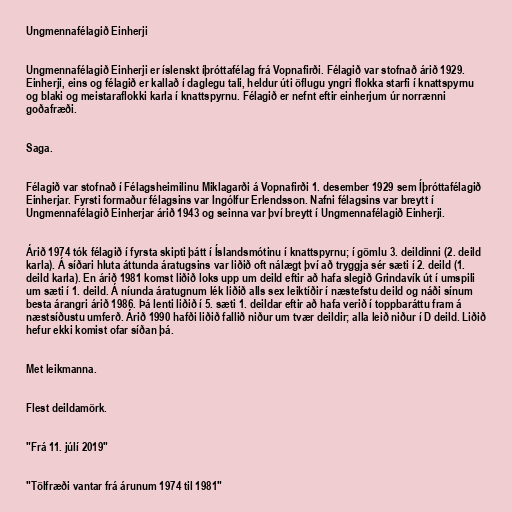
Ungmennafélagið Einherji

Ungmennafélagið Einherji er íslenskt íþróttafélag frá Vopnafirði. Félagið var stofnað árið 1929.
Einherji, eins og félagið er kallað í daglegu tali, heldur úti öflugu yngri flokka starfi í knattspyrnu
og blaki og meistaraflokki karla í knattspyrnu. Félagið er nefnt eftir einherjum úr norrænni
goðafræði.

Saga.

Félagið var stofnað í Félagsheimilinu Miklagarði á Vopnafirði 1. desember 1929 sem Íþróttafélagið
Einherjar. Fyrsti formaður félagsins var Ingólfur Erlendsson. Nafni félagsins var breytt í
Ungmennafélagið Einherjar árið 1943 og seinna var því breytt í Ungmennafélagið Einherji.

Árið 1974 tók félagið í fyrsta skipti þátt í Íslandsmótinu í knattspyrnu; í gömlu 3. deildinni (2. deild
karla). Á síðari hluta áttunda áratugsins var liðið oft nálægt því að tryggja sér sæti í 2. deild (1.
deild karla). En árið 1981 komst liðið loks upp um deild eftir að hafa slegið Grindavík út í umspili
um sæti í 1. deild. Á níunda áratugnum lék liðið alls sex leiktíðir í næstefstu deild og náði sínum
besta árangri árið 1986. Þá lenti liðið í 5. sæti 1. deildar eftir að hafa verið í toppbaráttu fram á
næstsíðustu umferð. Árið 1990 hafði liðið fallið niður um tvær deildir; alla leið niður í D deild. Liðið
hefur ekki komist ofar síðan þá.

Met leikmanna.

Flest deildamörk.

"Frá 11. júlí 2019"

"Tölfræði vantar frá árunum 1974 til 1981"